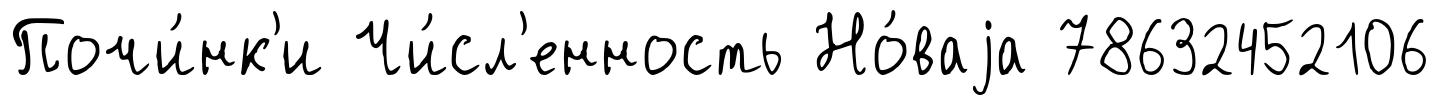
Почи́нк'и Чи́сл'енность Но́ваjа 78632452106